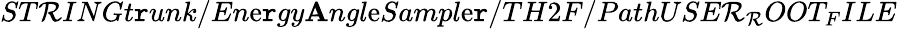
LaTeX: ST\mathcal{R}INGt\mathtt{r}unk/En\mathrm{e}\mathtt{r}gy\mathbf{A}ngl\mathrm{e}Sampl\mathrm{e}\mathtt{r}/TH2F/PathUSE\mathcal{R}_{\mathcal{R}}OOT_{F}ILE